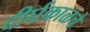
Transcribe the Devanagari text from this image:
दीर्घकाळचे